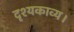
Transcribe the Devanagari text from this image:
दृश्यकाव्य।